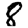
Digit: 8